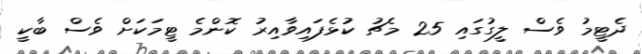
ދެޓީމު ވެސް ލީގުގައި 25 މެޗު ކުޅެފައިވާއިރު ކޮންމެ ޓީމަކަށް ވެސް ބާކީ